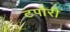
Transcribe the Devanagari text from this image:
टपोरी